Scottish Leaving Certificate Examination, 1959
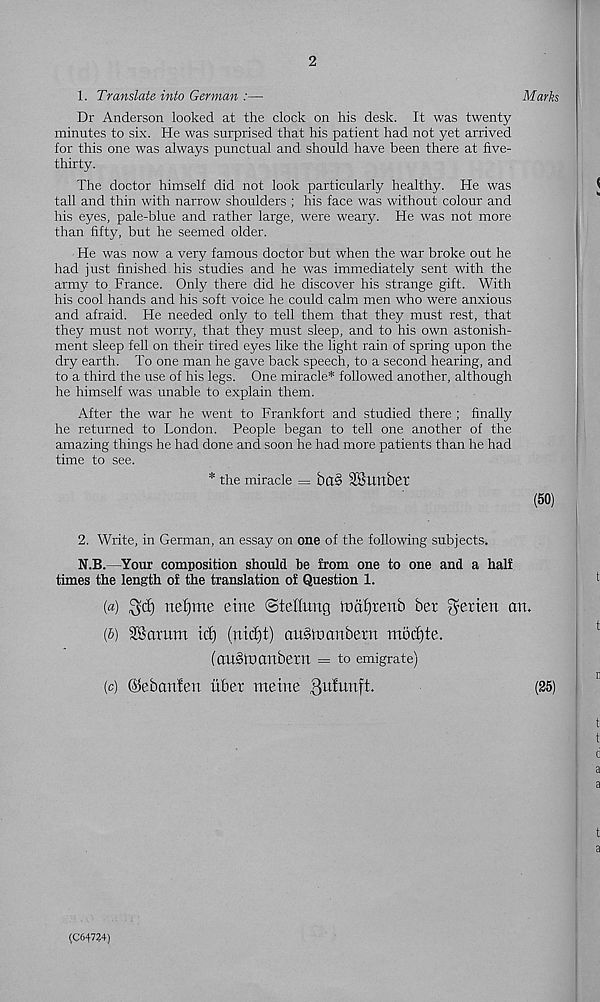
2
1. Translate into German :—
Marks
Dr Anderson looked at the clock on his desk. It was twenty
minutes to six. He was surprised that his patient had not yet arrived
for this one was always punctual and should have been there at five-
thirty.
The doctor himself did not look particularly healthy. He was
tall and thin with narrow shoulders ; his face was without colour and
his eyes, pale-blue and rather large, were weary. He was not more
than fifty, but he seemed older.
He was now a very famous doctor but when the war broke out he
had just finished his studies and he was immediately sent with the
army to France. Only there did he discover his strange gift. With
his cool hands and his soft voice he could calm men who were anxious
and afraid. He needed only to tell them that they must rest, that
they must not worry, that they must sleep, and to his own astonish-
ment sleep fell on their tired eyes like the light rain of spring upon the
dry earth. To one man he gave back speech, to a second hearing, and
to a third the use of his legs. One miracle* followed another, although
he himself was unable to explain them.
After the war he went to Frankfort and studied there ; finally
he returned to London. People began to tell one another of the
amazing things he had done and soon he had more patients than he had
time to see.
* the miracle = ba§ SBunbet
(50)
2. Write, in German, an essay on one of the following subjects.
N.B.—Your composition should be from one to one and a half
times the length of the translation of Question 1.
{a) ^cf) nefjme eme ©teltung ioafjtenb bet ^erien an.
(5) 28arum id) (nidjjt) auStnanbexn motfjte.
(austoanbetn = to emigrate)
(c) (Sebanfen ubet metne .guhmfi;-
(25)
(C64724)